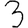
Digit: 3